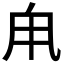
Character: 𪽆